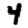
Digit: 4